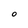
Character: 0